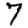
Digit: 7